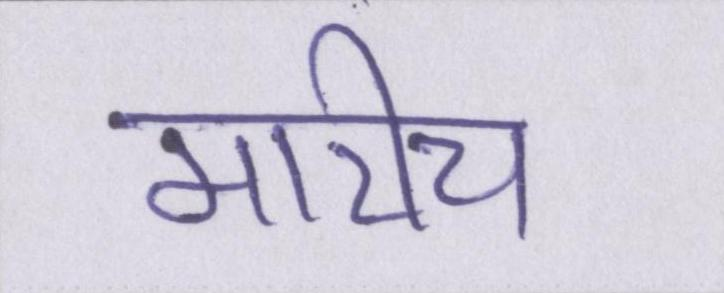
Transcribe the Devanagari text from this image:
मारीच